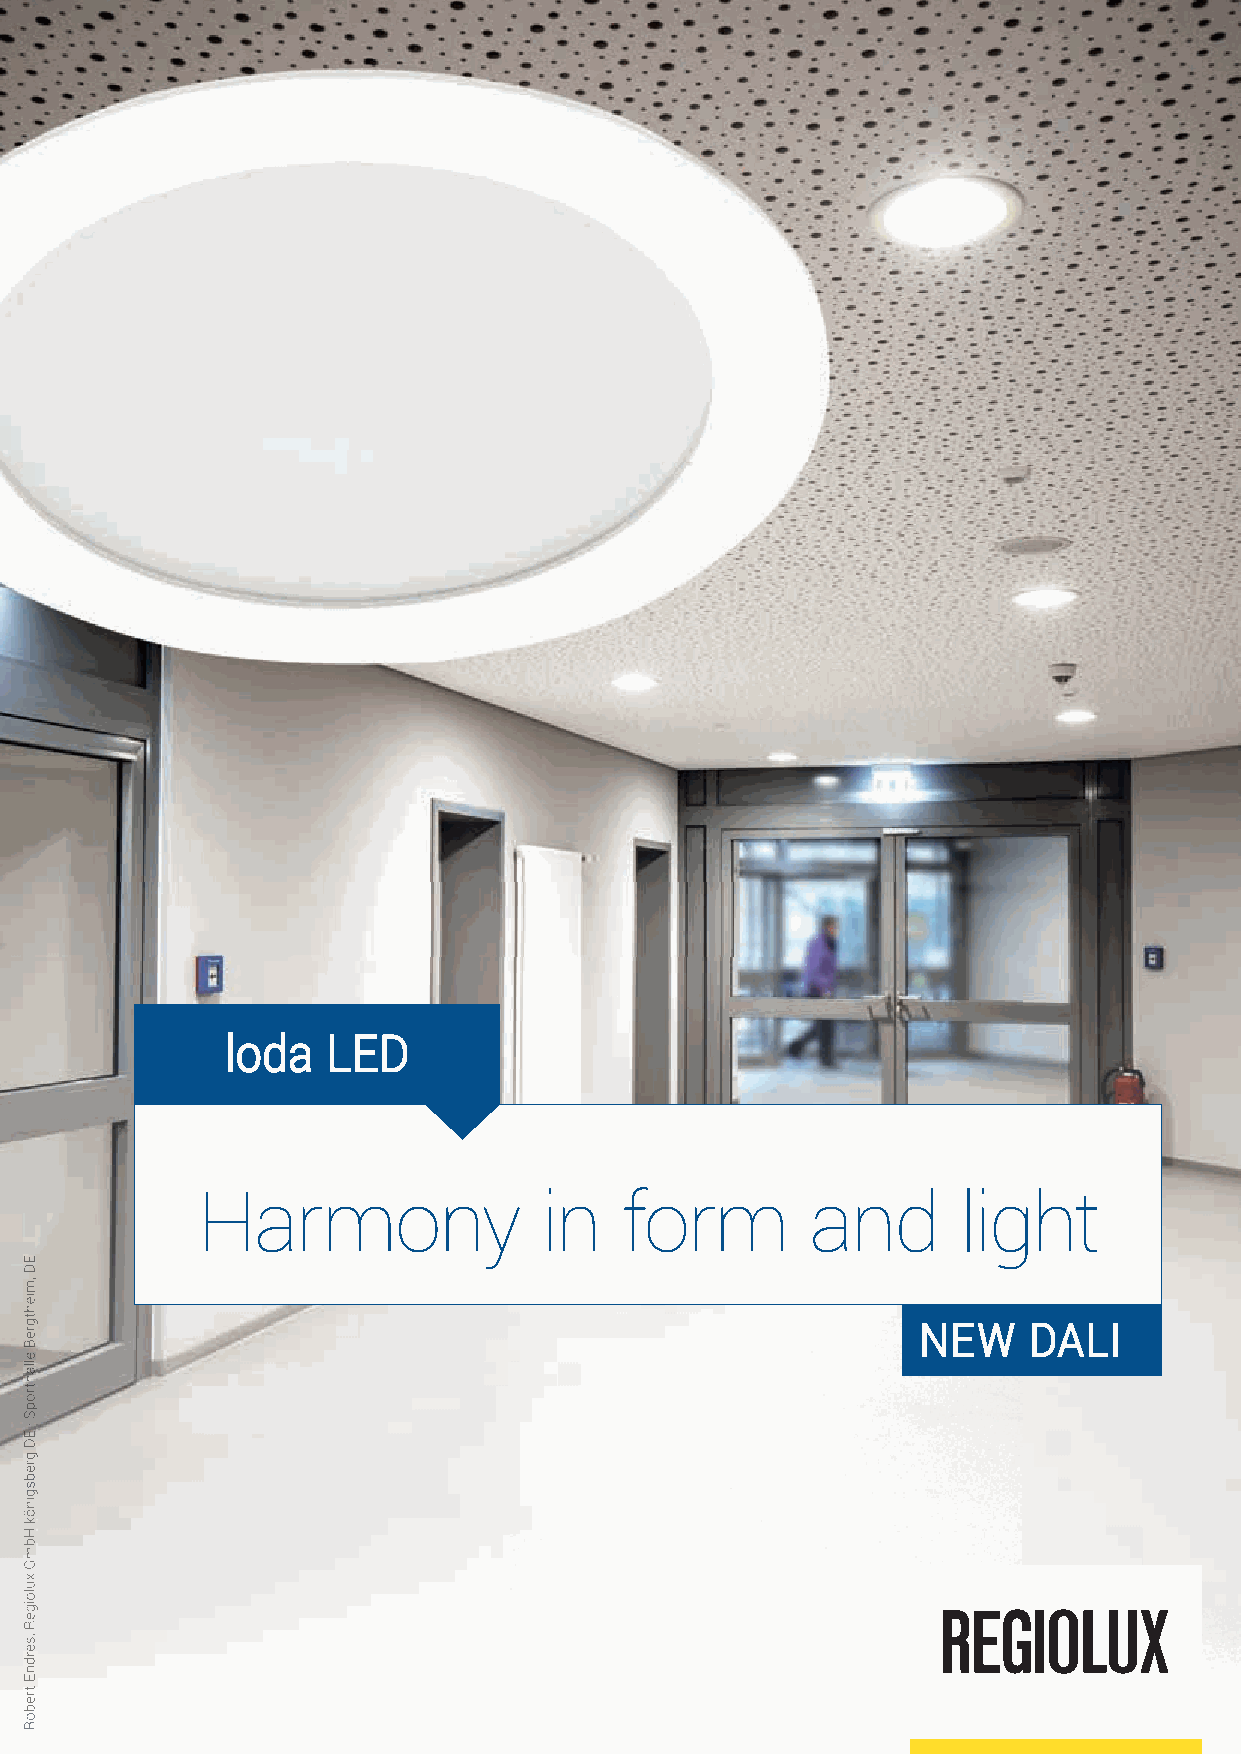
loda   LED
 Harmony                in   form         and       light
 NEW    DALI
 ED
 ,miehtgreB
 ellahtropS
 ·
 ED
 grebsginök
 HbmG
 xuloigeR
 ,serdnE
 treboR